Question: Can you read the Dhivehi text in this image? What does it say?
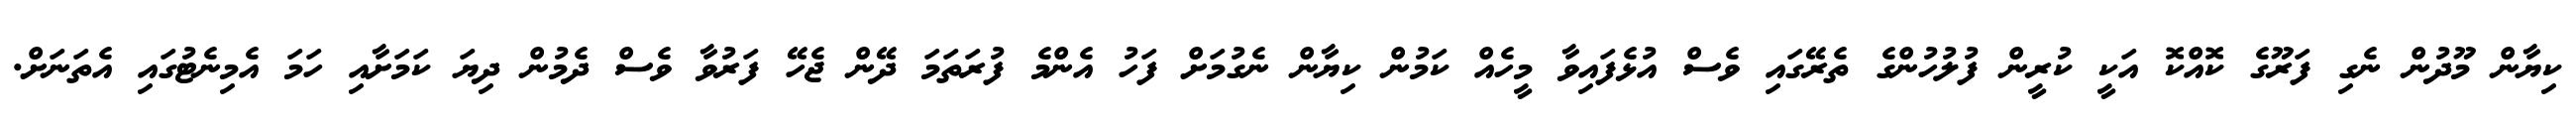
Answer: ކިޔާން މޫދުން ނެގި ފަރޫގެ ކޮއްކޮ އަކީ ކުރީން ފުލުހުންގެ ތެރޭގައި ވެސް އުޅެފައިވާ މީހެއް ކަމުން ކިޔާން ނެގުމަށް ފަހު އެންމެ ފުރަތަމަ ދޭން ޖެހޭ ފަރުވާ ވެސް ދެމުން ދިޔަ ކަމަށާއި ހަމަ އެމިނެޓުގައި އެތަނަށް.